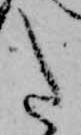
た